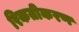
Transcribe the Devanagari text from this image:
रिकतीकरण